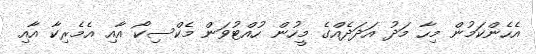
އެހެންކަމުން މިހާ މަދު އަދަދެއްގެ މީހުން ހުއްޓުވަން މެކްސިކޯ އާއި އެމެރިކާ އާއި